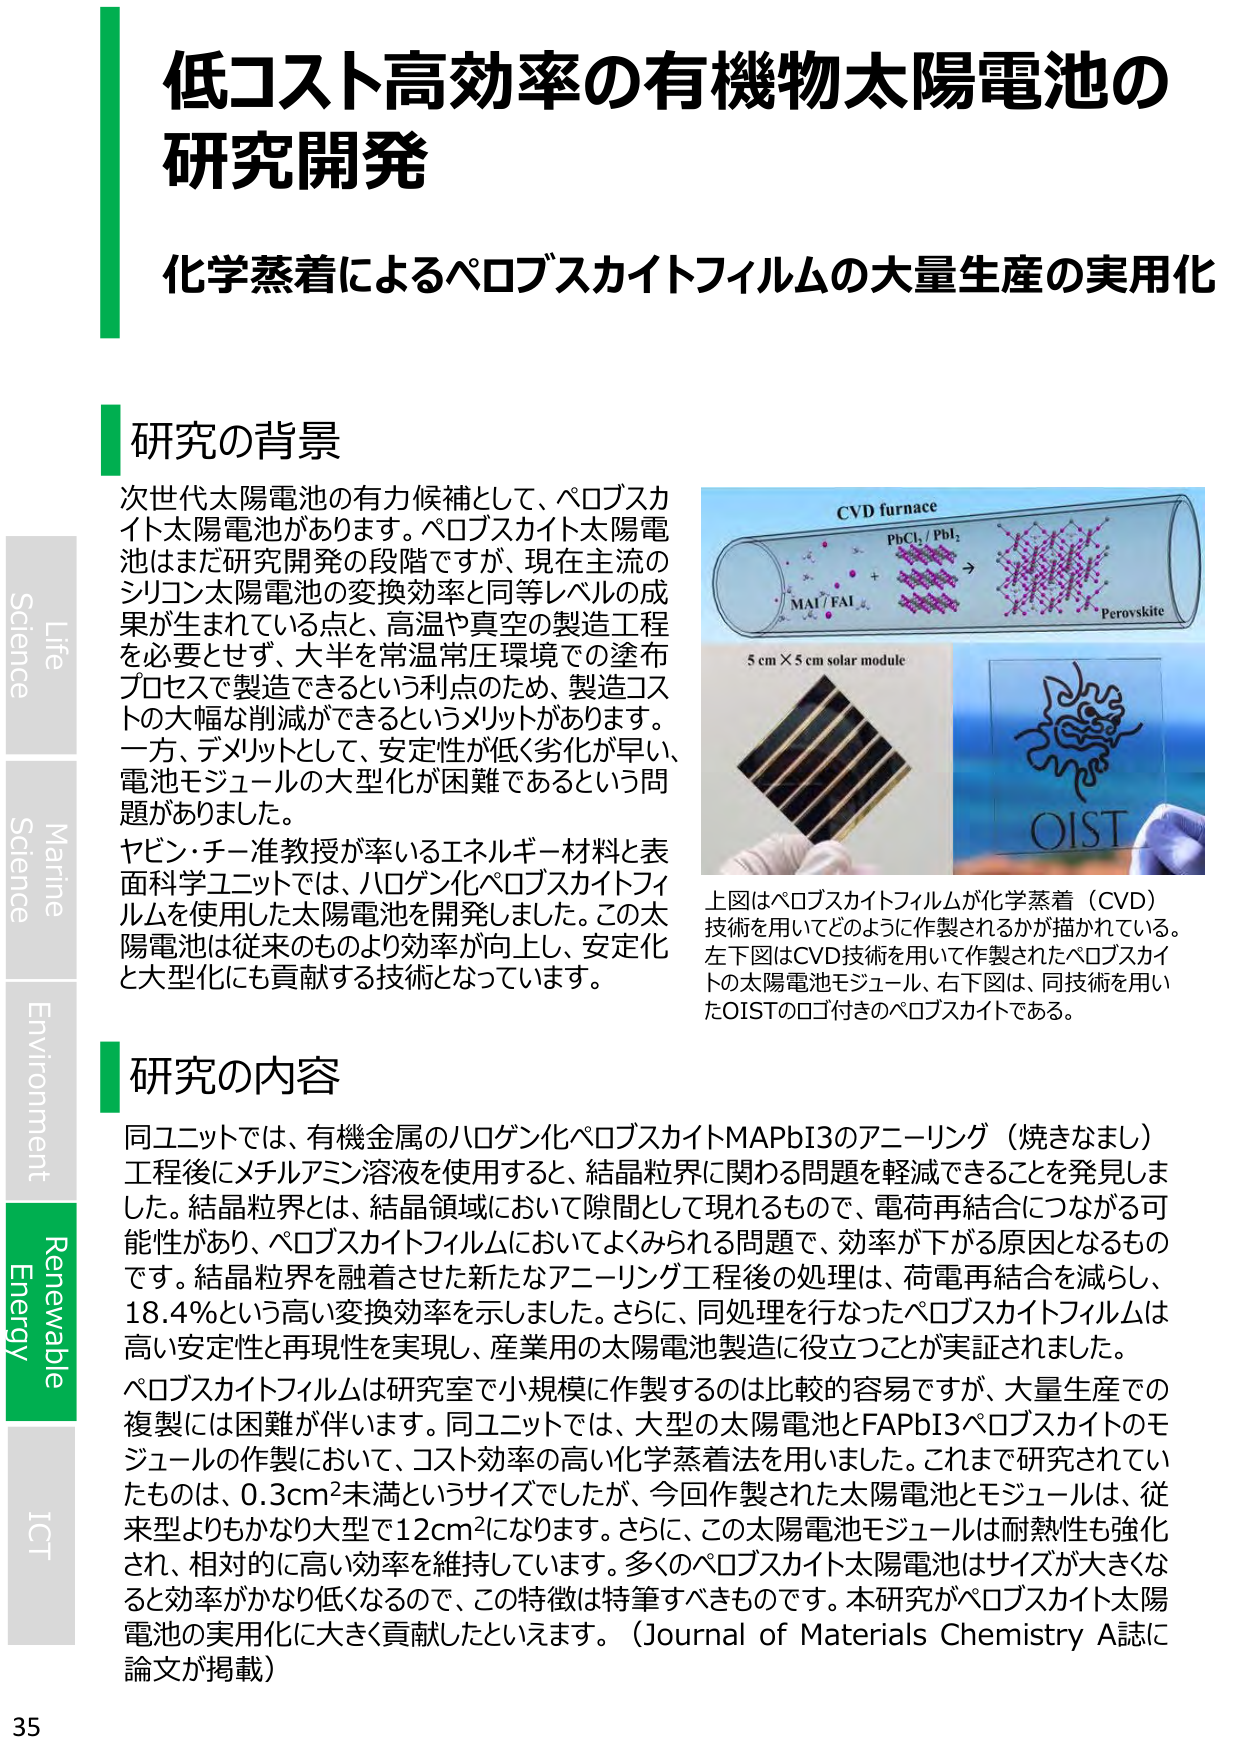
低コスト高効率の有機物太陽電池の
研究開発

化学蒸着によるペロブスカイトフィルムの大量生産の実用化

研究の背景
次世代太陽電池の有力候補として、ペロブスカイト太陽電池があります。ペロブスカイト太陽電池はまだ研究開発の段階ですが、現在主流のシリコン太陽電池の変換効率と同等レベルの成果が生まれている点と、高温や真空の製造工程を必要とせず、大半を常温常圧環境での塗布プロセスで製造できるという利点のため、製造コストの大幅な削減ができるというメリットがあります。一方、デメリットとして、安定性が低く劣化が早い、電池モジュールの大型化が困難であるという問題がありました。
ヤビン・チー准教授が率いるエネルギー材料と表面科学ユニットでは、ハロゲン化ペロブスカイトフィルムを使用した太陽電池を開発しました。この太陽電池は従来のものより効率が向上し、安定化と大型化にも貢献する技術となっています。

CVD furnace
PbCl₂ / PbI₂
MA⁺ / FA⁺
→
Perovskite
5 cm × 5 cm solar module
OIST

上図はペロブスカイトフィルムが化学蒸着（CVD）技術を用いてどのように作製されるかが描かれている。左下図はCVD技術を用いて作製されたペロブスカイトの太陽電池モジュール、右下図は、同技術を用いたOISTのロゴ付きのペロブスカイトである。

研究の内容
同ユニットでは、有機金属のハロゲン化ペロブスカイトMAPbI3のアニーリング（焼きなまし）工程後にメチルアミン溶液を使用すると、結晶粒界に関わる問題を軽減できることを発見しました。結晶粒界とは、結晶領域において隙間として現れるもので、電荷再結合につながる可能性があり、ペロブスカイトフィルムにおいてよくみられる問題で、効率が下がる原因となるものです。結晶粒界を融着させた新たなアニーリング工程後の処理は、荷電再結合を減らし、18.4％という高い変換効率を示しました。さらに、同処理を行なったペロブスカイトフィルムは高い安定性と再現性を実現し、産業用の太陽電池製造に役立つことが実証されました。
ペロブスカイトフィルムは研究室で小規模に作製するのは比較的容易ですが、大量生産での複製には困難が伴います。同ユニットでは、大型の太陽電池とFAPbI3ペロブスカイトのモジュールの作製において、コスト効率の高い化学蒸着法を用いました。これまで研究されていたものは、0.3cm²未満というサイズでしたが、今回作製された太陽電池とモジュールは、従来型よりもかなり大型で12cm²になります。さらに、この太陽電池モジュールは耐熱性も強化され、相対的に高い効率を維持しています。多くのペロブスカイト太陽電池はサイズが大きくなると効率がかなり低くなるので、この特徴は特筆すべきものです。本研究がペロブスカイト太陽電池の実用化に大きく貢献したといえます。（Journal of Materials Chemistry A誌に論文が掲載）

Life
Science
Marine
Science
Environment
Renewable
Energy
ICT
35